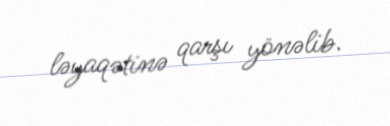
ləyaqətinə qarşı yönəlib.